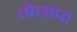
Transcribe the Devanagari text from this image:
घोलाप।